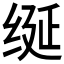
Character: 𫄧